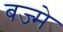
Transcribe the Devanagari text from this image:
बज्मे